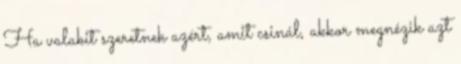
Ha valakit szeretnek azért, amit csinál, akkor megnézik azt